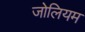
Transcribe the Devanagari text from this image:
जोलियम